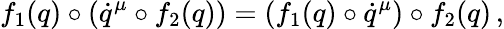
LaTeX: f_{1}(q)\circ(\dot{q}^{\mu}\circ f_{2}(q))=(f_{1}(q)\circ\dot{q}^{\mu})\circ f_{2}(q)\, ,